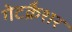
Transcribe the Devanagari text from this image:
गेटक्रैशर